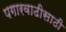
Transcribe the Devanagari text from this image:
पगारवाढीसाठी